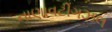
નાણાવટીગઝલ